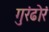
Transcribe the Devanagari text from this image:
गुरंढोरं